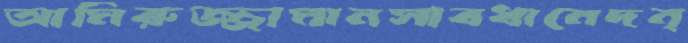
আমিরুজ্জামানসাবধানেদন্